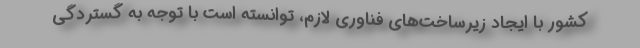
کشور با ایجاد زیرساخت‌های فناوری لازم، توانسته است با توجه به گستردگی